[Report on the health of British troops in the Madras command]
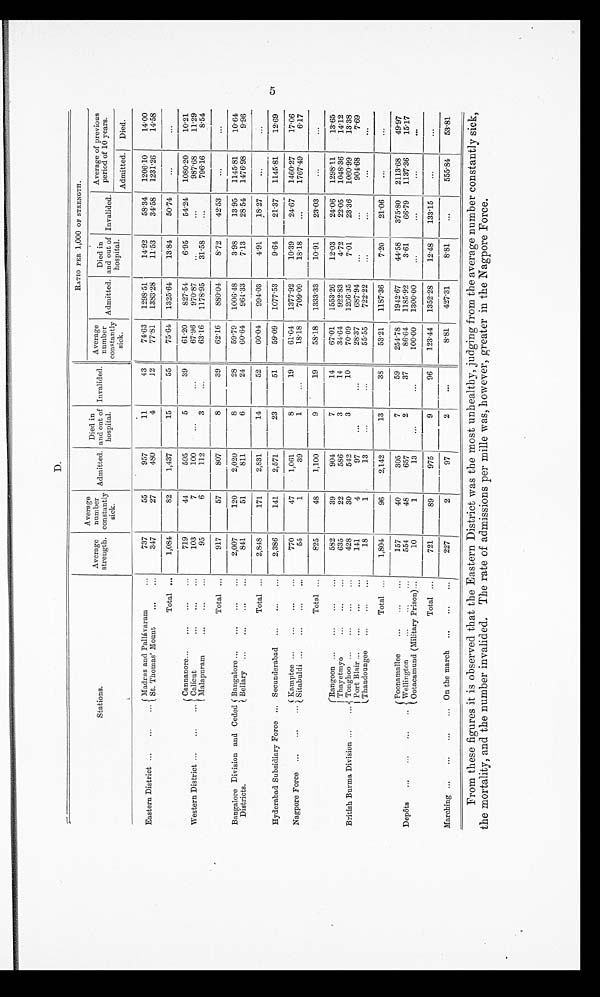
D.
Stations.
O v e r a g e
strength.
Average
number
constantly
sick.
Admitted.
Died in
and out of
hospital.
Invalided.
RATIO PER 1,000 OF STRENGTH.
Average
number
constantly
sick.
Admitted.
Died in
and out of
hospital.
Invalided.
Average of
period of
Admitted.
previous
10 years.
Died.
District
Eastern District ...
Madras Madras and Pallávaram
7 3 7
55
957
11
43
74.63
1298.51
14.92
58.34
1206.10
14.00
St. Thomas' Mount
...
...
347
27
480
4
12
77.81
1383.28
1153
34.58
1231.26
14.58
Total ...
1,084
82
1,437
15
55
75.61
1325. 61
13.84
50.74
...
. . .
Western District ...
...
Cannanore...
...
...
...
719
44
595
5
39
61.20
827.54
6.95
54.24
1080.20
10.21
Calicut
103
7
10
. . .
67.96
970.87
987.68
11.29
Malapuram
. . .
...
...
95
6
112
3
...
63.16
1178.95
31.5
...
796.16
8.54
Total ...
917
57
807
8
39
62.16
880.04
8.72
42.53
...
. . .
Bangalore Division and Ceded
Districts.
Bangalore ...
...
...
2,007
120
2,020
8
28
59.79
1006.48
3.98
13.95
1145.81
10.64
Bellary ...
...
...
...
841
51
811
6
24
60.64
964.33
7.13
28.54
1476.98
9.96
Total ...
2,848
171
2,831
14
52
60.04
994.03
4.91
18.27
. . .
. . .
Hyderabad Subsidiary Force ... Secunderabad
. . .
...
. . .
2,386
141
2,571
23
51
59.09
1077.53
9.64
21.37
1145.81
12.69
Nagpore Force ...
...
... Kamptee ...
...
...
...
770
47
1,061
8
19
61.04
1377.92
10.39
24.67
1460.27
17.06
Sitabuldi ...
. . .
...
...
55
1
39
...
18.18
709.09
18.18
1767.49
617
Total ...
825
48
1,100
9
19
58.18
1333.33
10.91
23.03
...
. . .
British Burma Division ...
...
Rangoon ...
...
...
...
582
39
904
7
14
67.01
1553.26
12.03
24.06
1298.11
13.65
Thayetmyo
. . .
...
. . .
635
22
586
3
14
34.64
922.83
4.72
22.05
1048.36
14.12
Tonghoo ...
. . .
. . .
. . .
428
30
542
3
10
70.09
1266.35
7.01
23.36
1060.99
13.38
Port Blair ...
...
. . .
. . .
141
4
9
. . .
. . .
28.37
687.94
. . . . .
. . . 904.68
7.69
Thaudoungee
...
...
...
18
1
1
...
55.55
722.22
...
. . .
...
. . .
Total ...
1,804
96
2,142
13
38
53.21
1187.36
7.20
21.06
...
...
Depôts
...
...
...
..
Poonamallee
... ... ..
157
40
305
7
59
254.78
1942.67
44.58
375.80
2113. 68
49.97
Wellington
554
48
657
2
37
86.64
1185.92
3.61
66.79
1137.36
15.17
Ootacamund (Military Prison)...
10
1
13
...
...
100.00
1300.00
. . .
. . .
Total ...
721
89
975
9
96
123.44
1352.28
12.48
133.1
...
Marching ...
...
...
... On the march ...
...
...
227
2
97
2
...
8.81
427.31
8.81
555.84
53.81
is
From these figures it is observed that the Eastern District was the most unhealthy, judging from the average number constantly sick,
the mortality, and the number invalided. The rate of admissions per mille was, however, greater in the Nagpore Force.